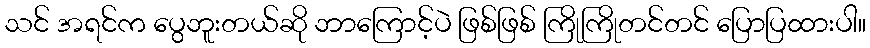
သင် အရင်က ပွေဘူးတယ်ဆို ဘာကြောင့်ပဲ ဖြစ်ဖြစ် ကြိုကြိုတင်တင် ပြောပြထားပါ။